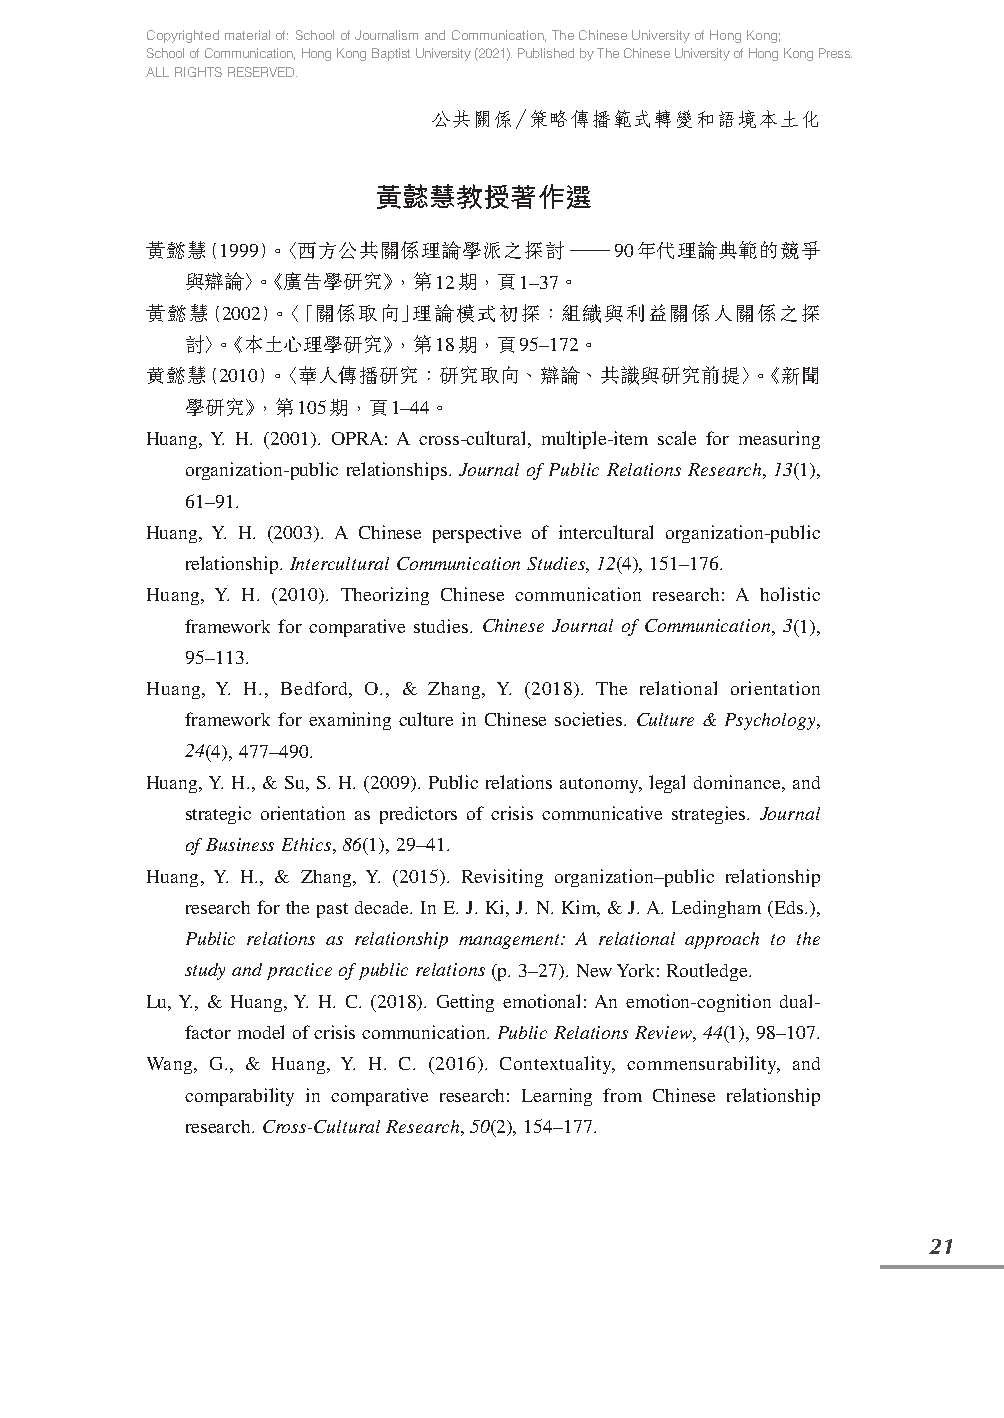
Copyrighted material of: School of Journalism and Communication, The Chinese University of Hong Kong;
 School of Communication, Hong Kong Baptist University (2021). Published by The Chinese University of Hong Kong Press.
 ALL RIGHTS RESERVED.
 公共關係∕策略傳播範式轉變和語境本土化
 黃懿慧教授著作選
 黃懿慧（1999）。〈西方公共關係理論學派之探討—90年代理論典範的競爭
 與辯論〉。《廣告學研究》，第12期，頁1–37。
 黃懿慧（2002）。〈「關係取向」理論模式初探：組織與利益關係人關係之探
 討〉。《本土心理學研究》，第18期，頁95–172。
 黄懿慧（2010）。〈華人傳播研究：研究取向、辯論、共識與研究前提〉。《新聞
 學研究》，第105期，頁1–44。
 Huang, Y. H. (2001). OPRA: A cross-cultural, multiple-item scale for measuring
 organization-public relationships. Journal of Public Relations Research, 13(1),
 61–91.
 Huang, Y. H. (2003). A Chinese perspective of intercultural organization-public
 relationship. Intercultural Communication Studies, 12(4), 151–176.
 Huang, Y. H. (2010). Theorizing Chinese communication research: A holistic
 framework for comparative studies. Chinese Journal of Communication, 3(1),
 95–113.
 Huang, Y. H., Bedford, O., & Zhang, Y. (2018). The relational orientation
 framework for examining culture in Chinese societies. Culture & Psychology,
 24(4), 477–490.
 Huang, Y. H., & Su, S. H. (2009). Public relations autonomy, legal dominance, and
 strategic orientation as predictors of crisis communicative strategies. Journal
 of Business Ethics, 86(1), 29–41.
 Huang, Y. H., & Zhang, Y. (2015). Revisiting organization–public relationship
 research for the past decade. In E. J. Ki, J. N. Kim, & J. A. Ledingham (Eds.),
 Public relations as relationship management: A relational approach to the
 study and practice of public relations (p. 3–27). New York: Routledge.
 Lu, Y., & Huang, Y. H. C. (2018). Getting emotional: An emotion-cognition dual-
 factor model of crisis communication. Public Relations Review, 44(1), 98–107.
 Wang, G., & Huang, Y. H. C. (2016). Contextuality, commensurability, and
 comparability in comparative research: Learning from Chinese relationship
 research. Cross-Cultural Research, 50(2), 154–177.
 21